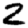
Digit: 2